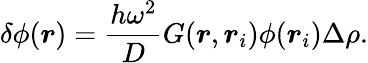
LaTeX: \delta\phi(\boldsymbol{r})=\frac{h\omega^{2}}{D}G(\boldsymbol{r},\boldsymbol{r}_{i})\phi(\boldsymbol{r}_{i})\Delta\rho.